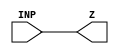
module DELLN2X2_1 (INP,Z);
	input INP;
	output Z;
	assign Z  = INP;
endmodule